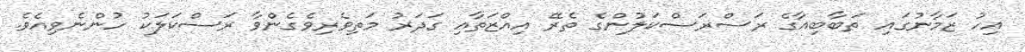
އިހު ޒަމާނުގައި ތަބާބިއާގެ ރަސްރަސްކަލުންގެ ތެރޭ އިއްޒަތާއި ގަދަރު މަތިވެރިވެގެންވާ ރަސްކަލަކު ހުންނެވިއެވެ.